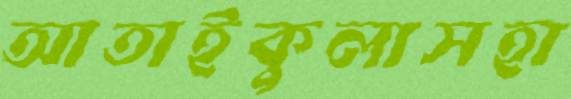
আতাইকুলাসহা